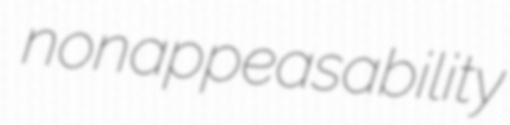
nonappeasability